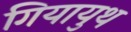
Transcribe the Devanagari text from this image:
गियायुथ